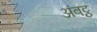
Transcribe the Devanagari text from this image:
अंबट्ठ